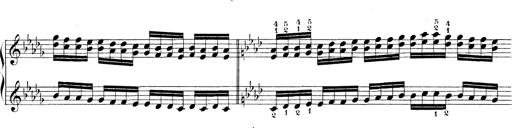
Title: Technische Studien
Composer: Franz Liszt